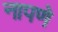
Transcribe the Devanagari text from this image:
नापणे